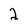
Character: 2